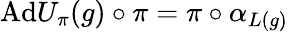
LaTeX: \mathrm{Ad}U_{\pi}(g)\circ\pi=\pi\circ\alpha_{L(g)}